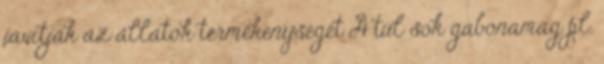
javítják az állatok termékenységét A túl sok gabonamag pl.